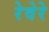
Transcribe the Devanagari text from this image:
रेवेरे